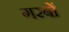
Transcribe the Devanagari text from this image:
गरबों